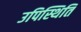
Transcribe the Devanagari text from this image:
उपिस्थिति